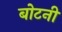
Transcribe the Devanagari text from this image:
बोटनी